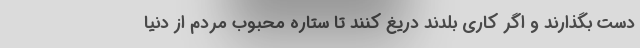
دست بگذارند و اگر کاری بلدند دریغ کنند تا ستاره محبوب مردم از دنیا